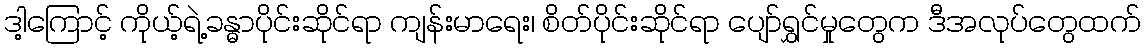
ဒါ့ကြောင့် ကိုယ့်ရဲ့ခန္ဓာပိုင်းဆိုင်ရာ ကျန်းမာရေး၊ စိတ်ပိုင်းဆိုင်ရာ ပျော်ရွှင်မှုတွေက ဒီအလုပ်တွေထက်